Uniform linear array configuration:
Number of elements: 8
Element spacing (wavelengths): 0.75
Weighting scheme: hann
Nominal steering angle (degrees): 0
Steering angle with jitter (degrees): -0.8366
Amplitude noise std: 0.05
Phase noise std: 0.05

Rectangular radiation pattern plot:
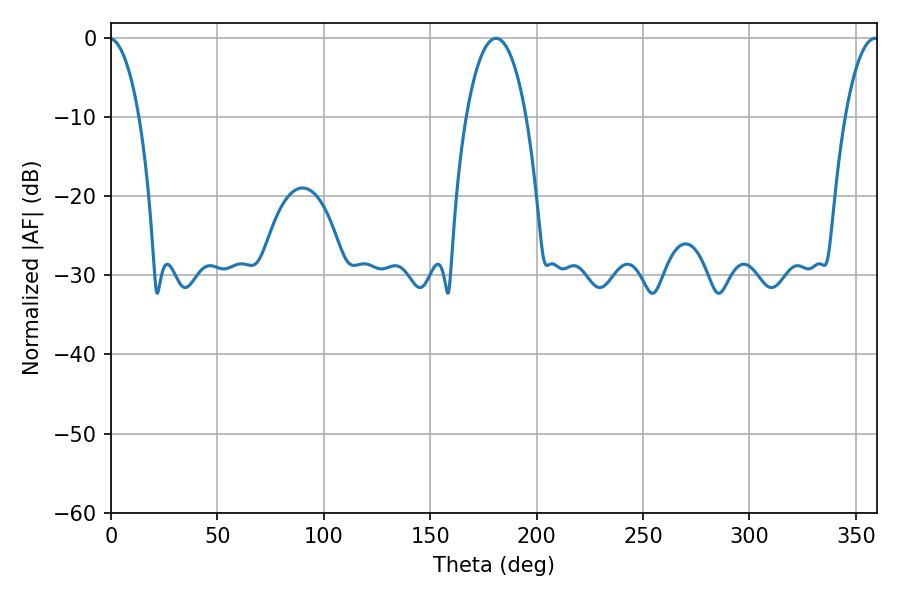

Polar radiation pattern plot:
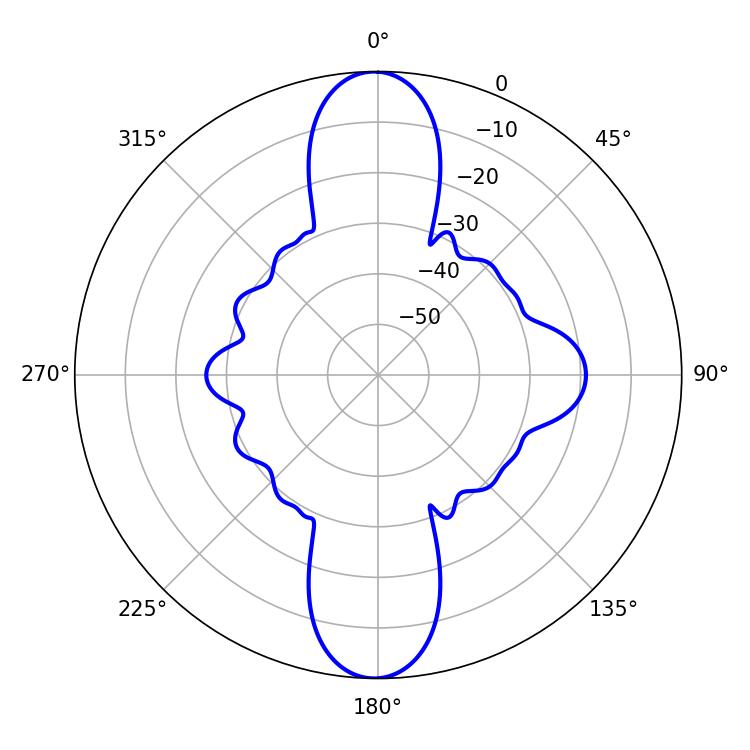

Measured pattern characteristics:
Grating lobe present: TRUE
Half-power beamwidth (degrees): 15.84
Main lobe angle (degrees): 180.9